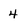
Character: 4